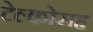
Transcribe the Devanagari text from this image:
टेल्कोसह